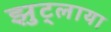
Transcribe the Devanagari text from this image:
झुट्लाया